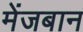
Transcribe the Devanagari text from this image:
मेंजबान